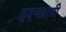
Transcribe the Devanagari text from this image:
हृदयद्रावी